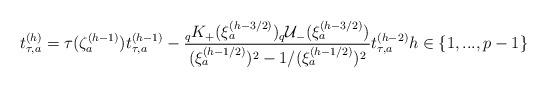
LaTeX: \begin{align*}t_{\tau ,a}^{(h)}=\tau (\zeta _{a}^{(h-1)})t_{\tau ,a}^{(h-1)}-\frac{_{q}K_{+}(\xi _{a}^{(h-3/2)})_{q}\mathcal{U}_{-}(\xi_{a}^{(h-3/2)})}{(\xi _{a}^{(h-1/2)})^{2}-1/(\xi _{a}^{(h-1/2)})^{2}}t_{\tau,a}^{(h-2)}h\in \left\{ 1,...,p-1\right\}\end{align*}